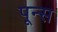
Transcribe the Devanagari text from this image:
पून्स